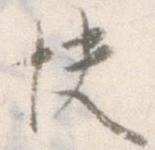
快